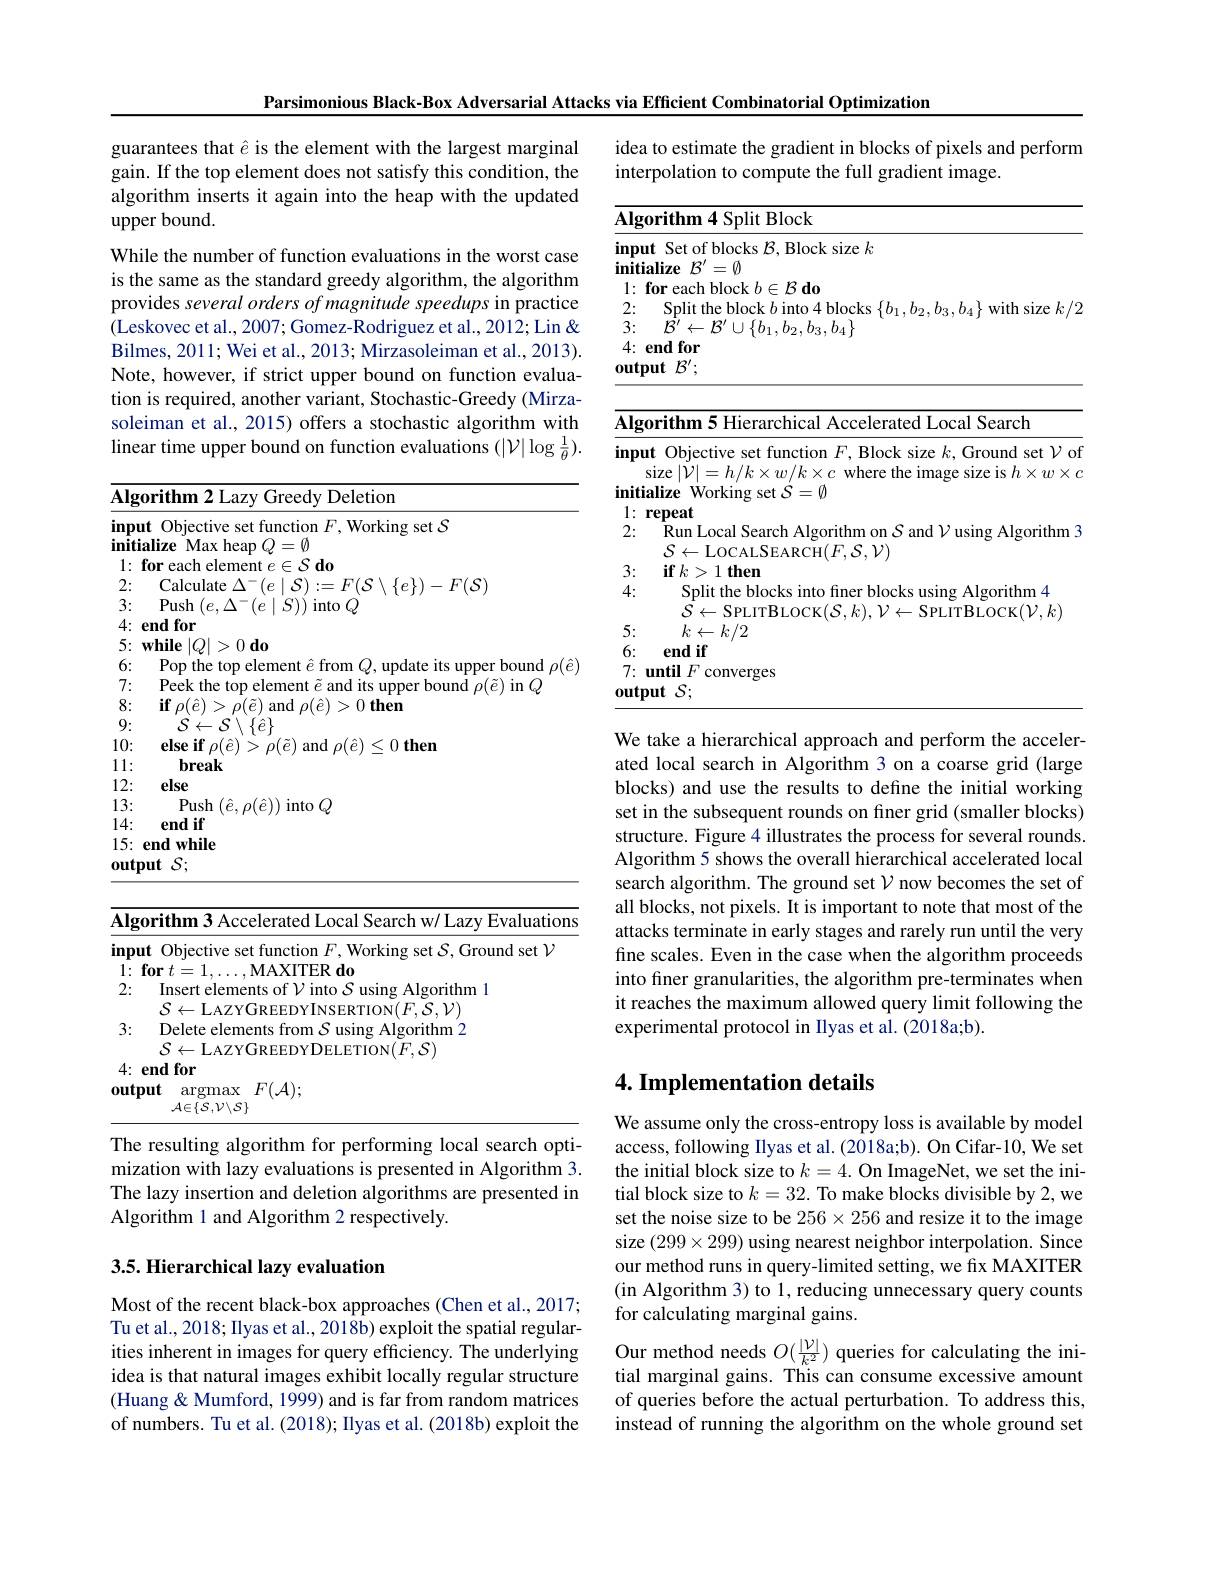
Parsimonious Black-Box Adversarial Attacks

guarantees that $\hat{e}$ is the element with the largest marginal gain. If the top element does not satisfy this condition, the algorithm inserts it again into the heap with the updated upper bound.
While the number of function evaluations in the worst case is the same as the standard greedy algorithm, the algorithm provides several orders of magnitude speedups in practice (Leskovec et al., 2007; Gomez-Rodriguez et al., 2012; Lin & Bilmes, 2011; Wei et al., 2013; Mirzasoleiman et al., 2013). Note, however, if strict upper bound on function evaluation is required, another variant, Stochastic-Greedy (Mirzasoleiman et al., 2015) offers a stochastic algorithm with linear time upper bound on function evaluations $(|\mathcal{V}|\log\frac1\theta).$

<table>
	<tbody>
		<tr>
			<td>$\overline{\mathbf{Alg}}$</td>
			<td>gorithm 2 Lazy Greedy Deletion</td>
		</tr>
		<tr>
			<td>inpu initi</td>
			<td>out Objective set function $F$,Working set $\mathcal{S}$ tialize Max heap $Q=\emptyset$</td>
		</tr>
		<tr>
			<td>1: $r$ A</td>
			<td>for each 1 element $\angle AB=\angle AB$ $\equiv\hat{\mathcal{S}}$d$_0$</td>
		</tr>
		<tr>
			<td>2:</td>
			<td>alculate $\Lambda^{=1}_{a}$ $T/S$ 1 $\{e\})-F(S)$</td>
		</tr>
		<tr>
			<td>3:</td>
			<td>Pllsh $I_{\rho}$ 1nto</td>
		</tr>
		<tr>
			<td>4: </td>
			<td>for emc</td>
		</tr>
		<tr>
			<td>5: </td>
			<td>while $| Q| > 0\textbf{do}$</td>
		</tr>
		<tr>
			<td>6:</td>
			<td>$al$</td>
		</tr>
		<tr>
			<td>7: 一</td>
			<td>$p_{\mathrm{PPk}}$ $a|\rho|$</td>
		</tr>
		<tr>
			<td>8:</td>
			<td>$\Upsilon_{0}(\ddot{\rho}$ $1\rho$ and $n/\ddot{\rho}$ 1 、 $> 0\textbf{then}$</td>
		</tr>
		<tr>
			<td>9: 1</td>
			<td>$\mathcal{S}\leftarrow\mathcal{S}\setminus\{\hat{e}\}$</td>
		</tr>
		<tr>
			<td>10:</td>
			<td>plse if $o(\hat{\rho})$ $a/\hat{p}$ $< 0\textbf{them}$</td>
		</tr>
		<tr>
			<td>1 1 T</td>
			<td>break</td>
		</tr>
		<tr>
			<td>12:</td>
			<td>else</td>
		</tr>
		<tr>
			<td>13:</td>
			<td>$\mathop{\mathrm{Push}}\left(\hat{e},\rho(\hat{e})\right)\mathop{\mathrm{into}}Q$</td>
		</tr>
		<tr>
			<td>1. $\lfloor4:$ </td>
			<td>end 1if</td>
		</tr>
		<tr>
			<td>15: $0ut_1$</td>
			<td>endwhile $\mathbf{tput}$ ${\mathcal{S} };$</td>
		</tr>
	</tbody>
</table>

<table>
	<tbody>
		<tr>
			<td>rithm 3 Accelerated Local Search w/ Lazy Evaluations</td>
		</tr>
		<tr>
			<td>Objective set function $F$, Working set $\mathcal{S}$, Ground set $\mathcal{V}$</td>
		</tr>
		<tr>
			<td>Insert elements of $\mathcal{V}$ into $\mathcal{S}$ using Algorithm 1</td>
		</tr>
		<tr>
			<td>${\mathrm{ZYGREEDYDELETION}}(F,{\mathcal{O}})$ ndfor $ıt$ $\operatorname { argmax}$ $F( \mathcal{A} ) ;$ $\mathcal{A}\in\{\mathcal{S},\mathcal{V}\backslash\mathcal{S}\}$</td>
		</tr>
	</tbody>
</table>

The resulting algorithm for performing local search optimization with lazy evaluations is presented in Algorithm 3. The lazy insertion and deletion algorithms are presented in Algorithm 1 and Algorithm 2 respectively.

## 3.5. Hierarchical lazy evaluation

Most of the recent black-box approaches (Chen et al., 2017; Tu et al., 2018; Ilyas et al., 2018b) exploit the spatial regularities inherent in images for query efficiency. The underlying idea is that natural images exhibit locally regular structure (Huang & Mumford, 1999) and is far from random matrices of numbers. Tu et al. (2018); Ilyas et al. (2018b) exploit the

<table>
	<tbody>
		<tr>
			<td>via</td>
			<td>Efficient Combinatorial Optimization</td>
		</tr>
		<tr>
			<td>idea inte</td>
			<td>ca to estimate the gradient in blocks of pixels and perform erpolation to compute the full gradient image.</td>
		</tr>
		<tr>
			<td>$\overline{\mathbf{Alg}}$</td>
			<td>gorithm 4 Split Block</td>
		</tr>
		<tr>
			<td>inpu initi</td>
			<td>$\textbf{out Set of blocks }\mathcal{B} $,Block size $k$ $\textbf{tialize}{\mathcal{B} ^{\prime }}= \emptyset$</td>
		</tr>
		<tr>
			<td>mt I 1: 2: 3: 4: $0ut_F$</td>
			<td>$\textbf{tramze }b= \emptyset$ for each block $b\in\mathcal{B}$ do Split the block $b$ into 4 blocks $\{b_1,b_2,b_3,b_4\}$ with size $k/2$ ${\dot{\mathcal{B}}^{\prime}}\leftarrow{\mathcal{B}}^{\prime}\cup\{b_{1},b_{2},b_{3},b_{4}\}$ $\mathbf{endfor}$ $\mathbf{tput}$ $\mathcal{B} ^{\prime };$</td>
		</tr>
		<tr>
			<td>inpu initi</td>
			<td>out Objective set function $F$, Block size $k$,Ground set $\mathcal{V}$ of size $|\mathcal{V}|=h/k\times w/k\times c$ where the image size is $h\times w\times c$ tialize Working set $\mathcal{S}=\emptyset$</td>
		</tr>
		<tr>
			<td>2:</td>
			<td>Run Local Search Algorithm on $S$ and $\mathcal{V}$ using Algorithm 3 $\mathcal{S}\leftarrow$LOCALSEARCH$(F,\mathcal{S},\mathcal{V})$</td>
		</tr>
		<tr>
			<td>3:</td>
			<td>$\textbf{if}k> 1\textbf{then}$</td>
		</tr>
		<tr>
			<td>4:</td>
			<td>Split the blocks into finer blocks using Algorithm 4 $\mathcal{S}\leftarrow$SPLITBLOCK$(\mathcal{S},k),\mathcal{V}\leftarrow$SPLITBLOCK$(\mathcal{V},k)$</td>
		</tr>
	</tbody>
</table>

We take a hierarchical approach and perform the acceler-

ated local search in Algorithm 3 on a coarse grid (large blocks) and use the results to define the initial working set in the subsequent rounds on finer grid (smaller blocks) structure. Figure 4 illustrates the process for several rounds. Algorithm 5 shows the overall hierarchical accelerated local search algorithm. The ground set $\mathcal{V}$ now becomes the set of all blocks, not pixels. It is important to note that most of the attacks terminate in early stages and rarely run until the very fine scales. Even in the case when the algorithm proceeds into fıner granularities, the algorithm pre-terminates when it reaches the maximum allowed query limit following the experimental protocol in Ilyas et al. (2018a;b).

## 4. Implementation details

We assume only the cross-entropy loss is available by model access, following Ilyas et al. (2018a;b). On Cifar-10, We set the initial block size to $k=4.$ On ImageNet, we set the initial block size to $k=32.$ To make blocks divisible by 2, we set the noise size to be $256\times256$ and resize it to the image size $(299\times299)$ using nearest neighbor interpolation. Since our method runs in query-limited setting, we fix MAXITER (in Algorithm 3) to 1, reducing unnecessary query counts for calculating marginal gains.
Our method needs $O(\frac{|\mathcal{V}|}{k^2})$ queries for calculating the initial marginal gains. This can consume excessive amount of queries before the actual perturbation. To address this, instead of running the algorithm on the whole ground set